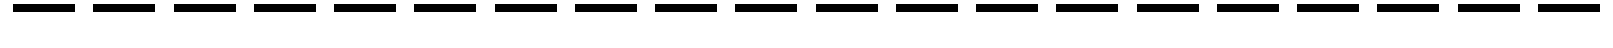
--------------------